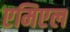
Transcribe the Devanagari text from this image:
एमिएल